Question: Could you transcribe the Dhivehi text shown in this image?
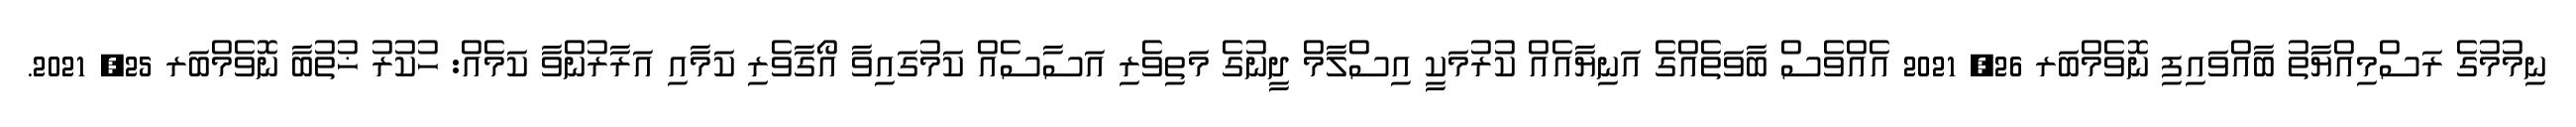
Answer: ނިމުމުގެ ރަސްމިއްޔާތު ބާއްވައިފި ނޮވެމްބަރ 26, 2021 އެއްވެސް ބާވަތެއްގެ އަނިޔާއެއް ކުރުމަކީ އިސްލާމް ދީނުގެ މަތިވެރި އަސާސެއް ކަމުގައިވާ އޯގާވެރި ކަމާއި އަރާރުންވާ ކަމެއް: ހުކުރު ޚުތުބާ ނޮވެމްބަރ 25, 2021.